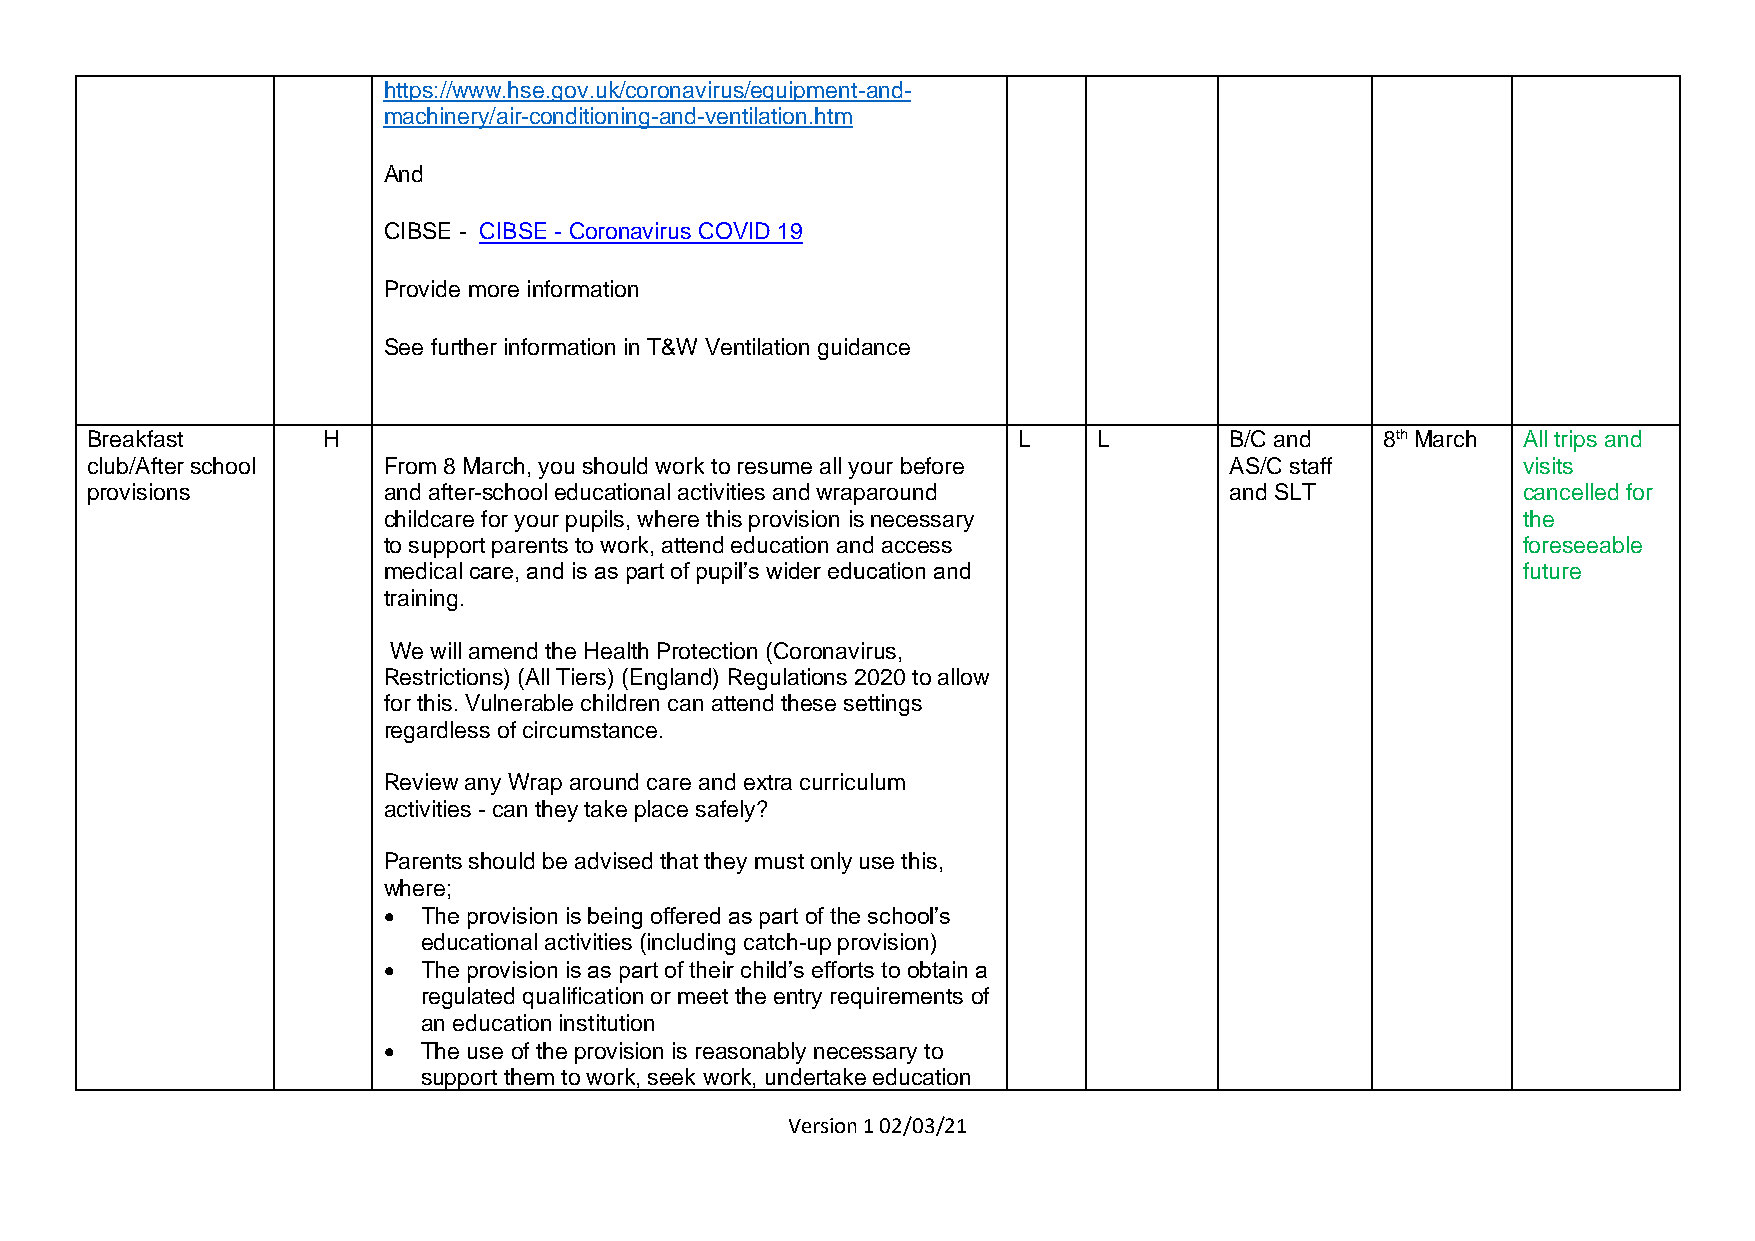
https://www.hse.gov.uk/coronavirus/equipment-and-
 machinery/air-conditioning-and-ventilation.htm
 And
 CIBSE - CIBSE - Coronavirus COVID 19
 Provide more information
 See further information in T&W Ventilation guidance
 Breakfast      H                                             L     L       B/C and   8th March All trips and
 club/After school  From 8 March, you should work to resume all your before AS/C staff          visits
 provisions         and after-school educational activities and wraparound  and SLT             cancelled for
 childcare for your pupils, where this provision is necessary                the
 to support parents to work, attend education and access                     foreseeable
 medical care, and is as part of pupil’s wider education and                 future
 training.
 We will amend the Health Protection (Coronavirus,
 Restrictions) (All Tiers) (England) Regulations 2020 to allow
 for this. Vulnerable children can attend these settings
 regardless of circumstance.
 Review any Wrap around care and extra curriculum
 activities - can they take place safely?
 Parents should be advised that they must only use this,
 where;
 •  The provision is being offered as part of the school’s
 educational activities (including catch-up provision)
 •  The provision is as part of their child’s efforts to obtain a
 regulated qualification or meet the entry requirements of
 an education institution
 •  The use of the provision is reasonably necessary to
 support them to work, seek work, undertake education
 Version 1 02/03/21